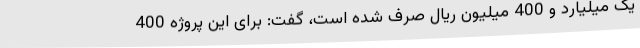
یک میلیارد و 400 میلیون ریال صرف شده است، گفت: برای این پروژه 400